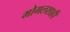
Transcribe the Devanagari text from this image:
मोगलशाही